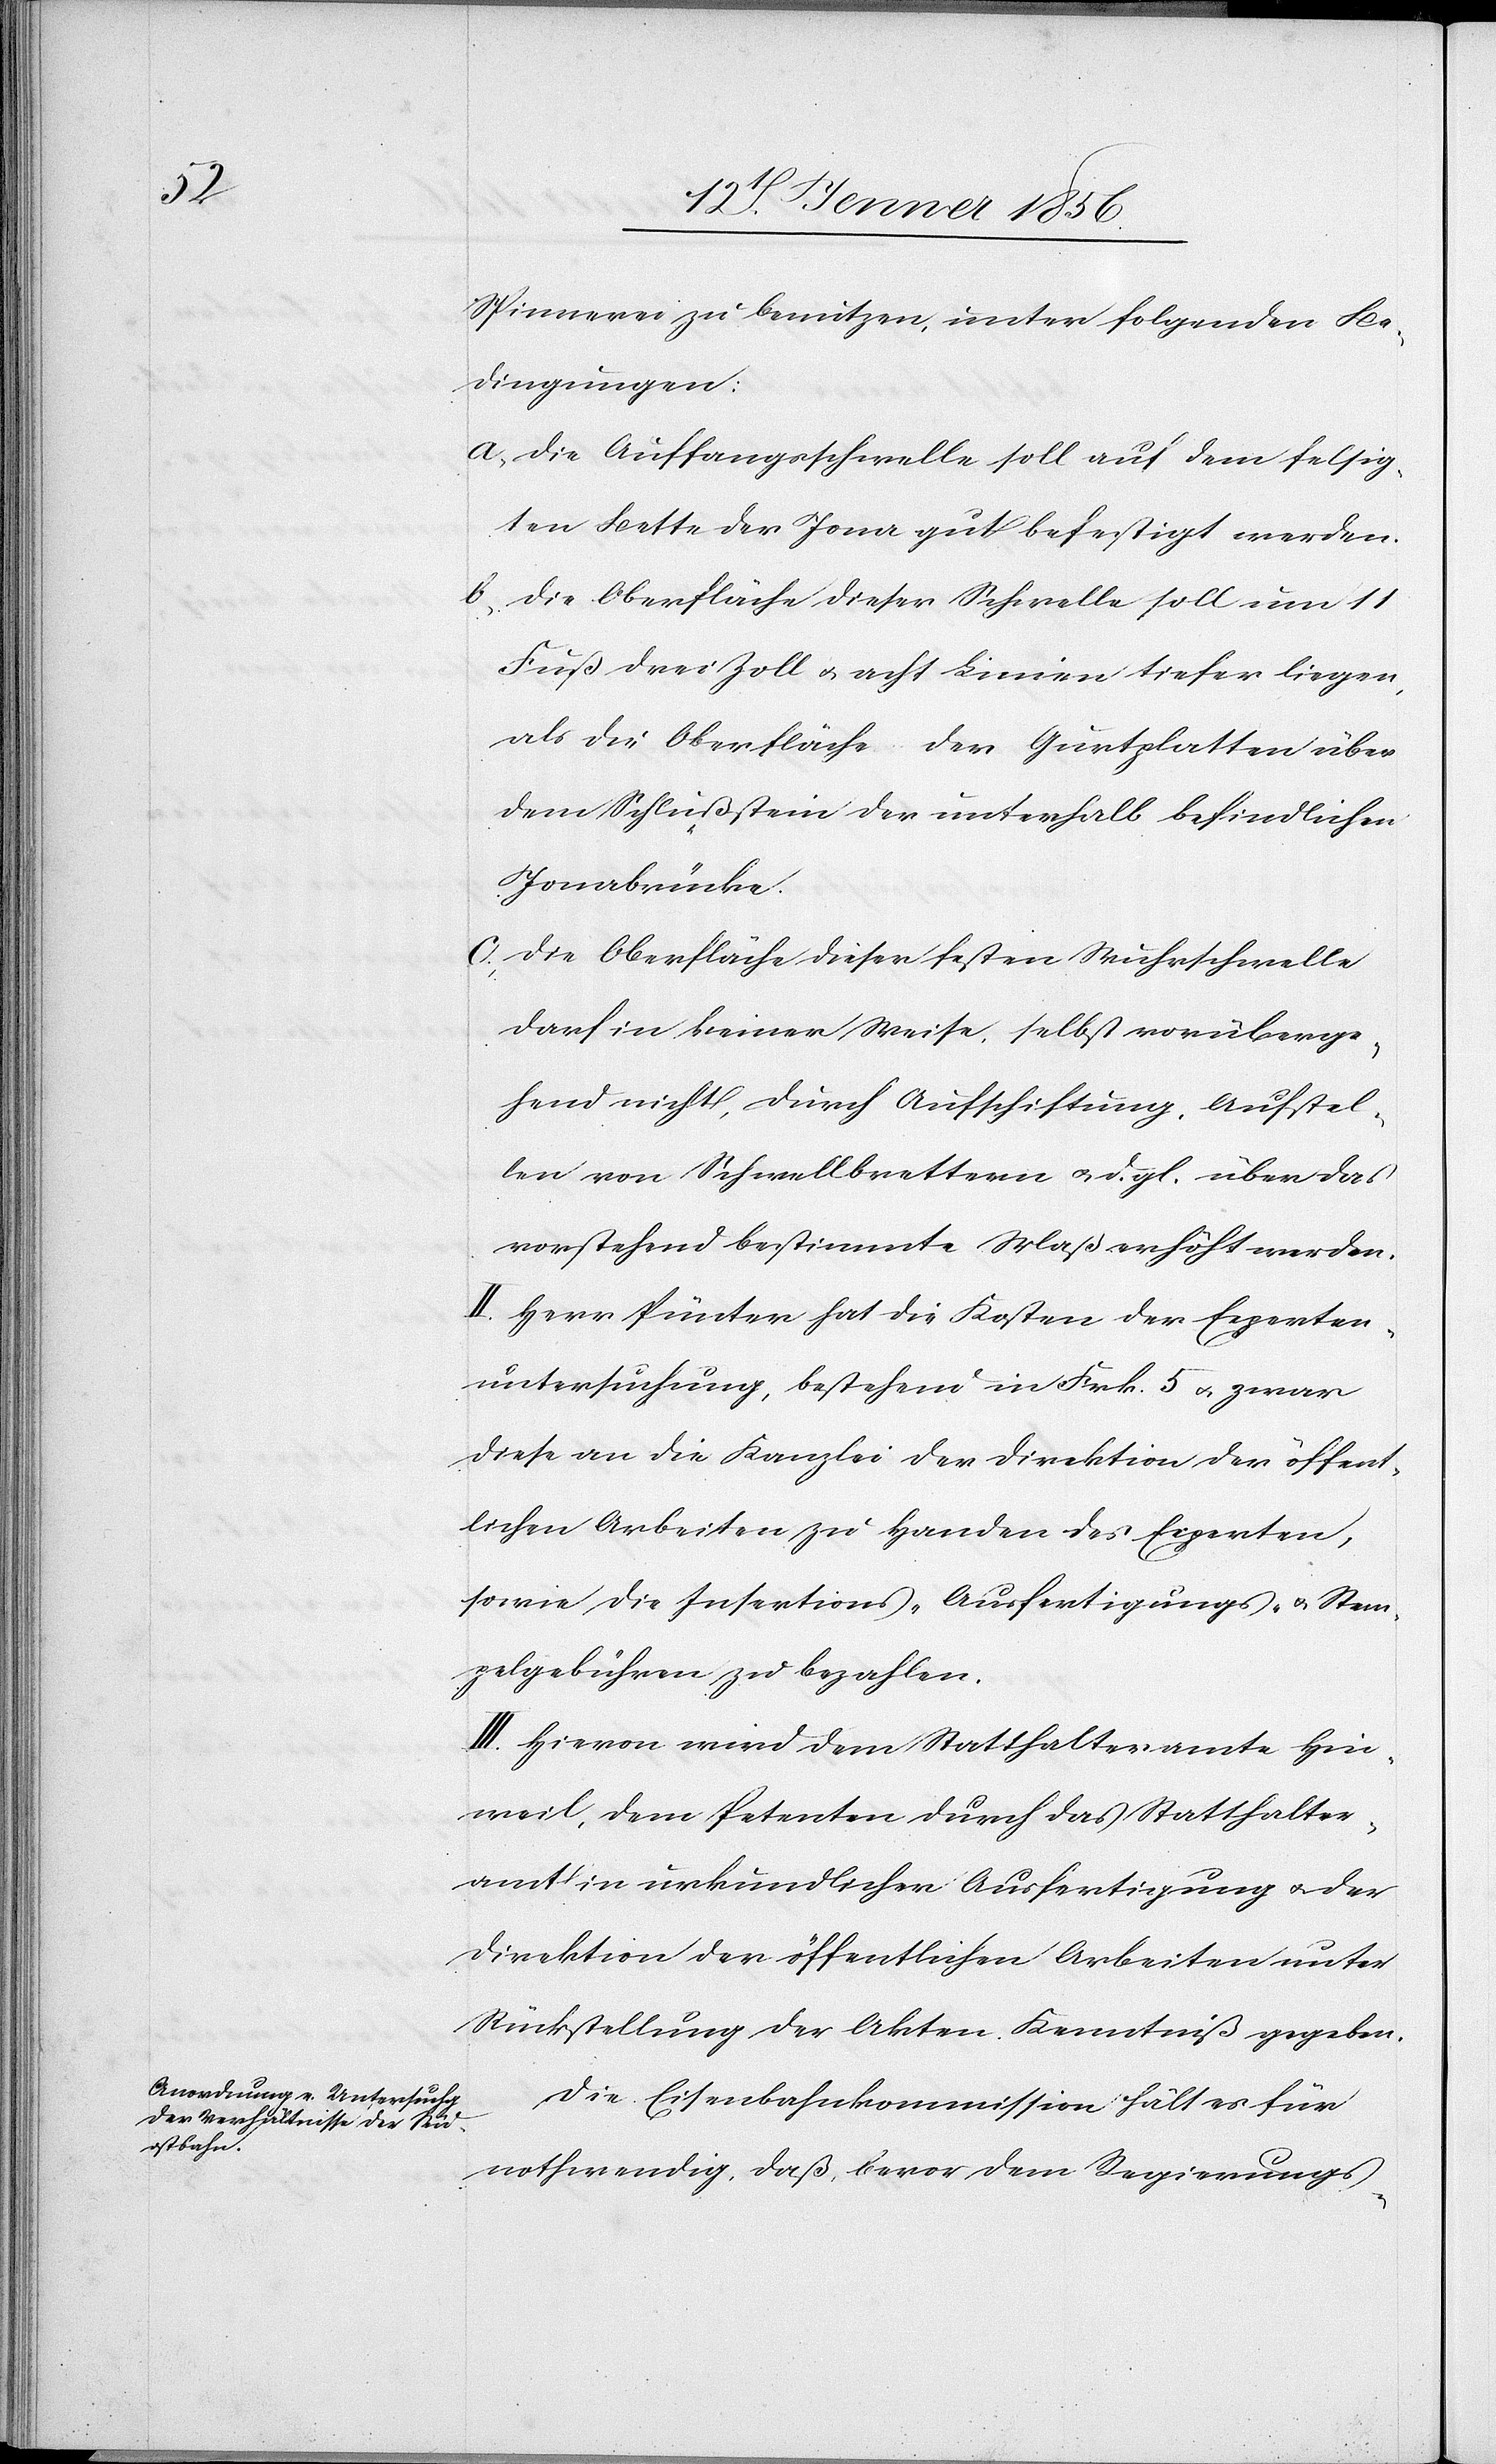
Spinnerei zu benutzen, unter folgenden Be¬
dingungen:
a, Die Auffangsschwelle soll auf dem felsig¬
ten Bette der Jona gut befestigt werden.
b, Die Oberfläche dieser Schwelle soll um 11
Fuß drei Zoll u. acht Linien tiefer liegen,
als die Oberfläche der Gurtplatten über
dem Schlußstein der unterhalb befindlichen
Jonabrücke.
c, Die Oberfläche dieser festen Wuhrschwelle
darf in keiner Weise, selbst vorüberge¬
hend nicht, durch Aufschiftung, Aufstel¬
len von Schwellbrettern o. d. gl. über das
vorstehend bestimmte Maß erhöht werden.
II. Herr Pünter hat die Kosten der Experten¬
untersuchung, bestehend in Frk. 5 u. zwar
diese an die Kanzlei der Direktion der öffent¬
lichen Arbeiten zu Handen des Experten,
sowie die Insertions-[,] Ausfertigungs- u. Stem¬
pelgebühren zu bezahlen.
III. Hievon wird dem Statthalteramte Hin¬
weil, dem Petenten durch das Statthalter¬
amt in urkundlicher Ausfertigung u. der
Direktion der öffentlichen Arbeiten unter
Rückstellung der Akten Kenntniß gegeben.
Die Eisenbahnkommission hält es für
nothwendig, daß, bevor dem Regierungs-